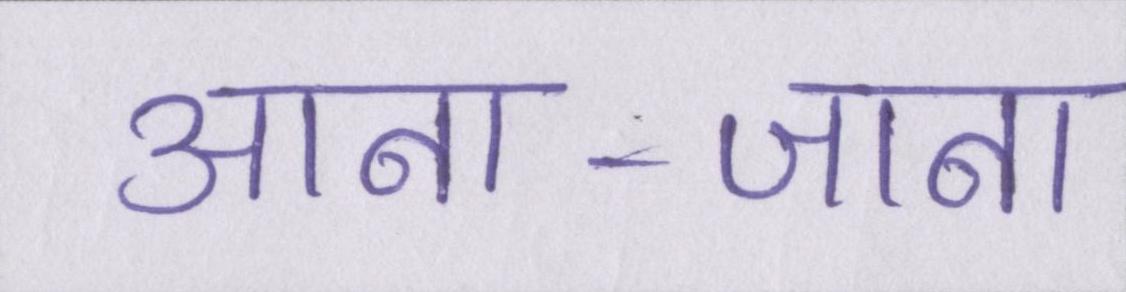
आना-जाना